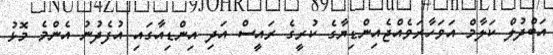
އަބްދުލް ކަލާމް އަވަހާރަވެއްޖެއިންޑިޔާގެ ކުރީގެ ރައީސް އަދި އިންޑިއާގައި އުފެދުނު އެންމެ މޮޅު